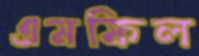
এমফিল